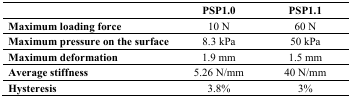
|  | PSP1.0 | PSP1.1 |
 | --- | --- | --- |
 | Maximum loading force | 10 N | 60 N |
 | Maximum pressure on the surface | 8.3 kPa | 50 kPa |
 | Maximum deformation | 1.9 mm | 1.5 mm |
 | Average stiffness | 5.26 N/mm | 40 N/mm |
 | Hysteresis | 3.8% | 3% |